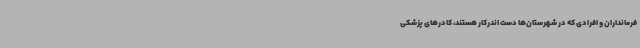
فرمانداران و افرادی که در شهرستان‌ها دست اندرکار هستند، کادرهای پزشکی